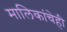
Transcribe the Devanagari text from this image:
मालिकांचेही